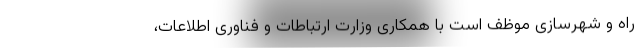
راه و شهرسازی موظف است با همکاری وزارت ارتباطات و فناوری اطلاعات،